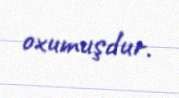
oxumuşdur.